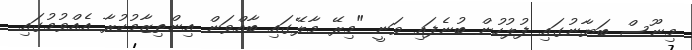
މިނޫސް ބަޔާނުގައި ފުލުހުން ބުނެފައި ވަނީ "މިރޭ މާލޭގައި ބާއްވަން އިންތިޒާމުކުރާ އެއްވުމުގައި